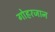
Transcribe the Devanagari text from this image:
गोहरजान